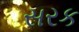
સરક